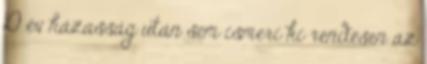
10 év házasság után sem ismeri ki rendesen az